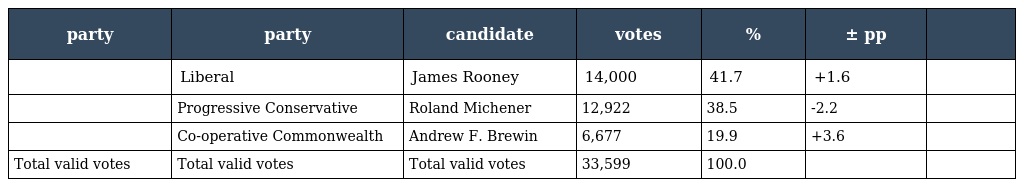
| party | party | candidate | votes | % | ± pp |  |
 | --- | --- | --- | --- | --- | --- | --- |
 |  | Liberal | James Rooney | 14,000 | 41.7 | +1.6 |  |
 |  | Progressive Conservative | Roland Michener | 12,922 | 38.5 | -2.2 |  |
 |  | Co-operative Commonwealth | Andrew F. Brewin | 6,677 | 19.9 | +3.6 |  |
 | Total valid votes | Total valid votes | Total valid votes | 33,599 | 100.0 |  |  |